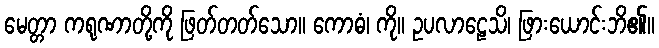
မေတ္တာ ကရုဏာတို့ကို ဖြတ်တတ်သော။ ကောဓံ၊ ကို။ ဥပလာဠေသိ၊ ဖြားယောင်းဘိ၏။